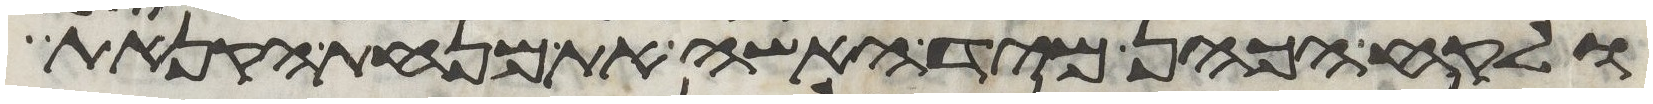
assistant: ולקח הכהן מיד האשה את מנחת הקנאת